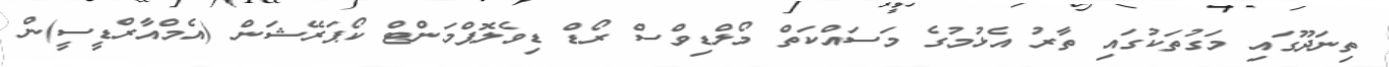
ތިނަދޫގައި މަގުތަކުގައި ތާރު އެޅުމުގެ މަސައްކަތް މޯލްޑިވްސް ރޯޑް ޑިވެލޮޕްމަންޓް ކޯޕަރޭޝަން (އެމްއާރްޑީސީ)ން